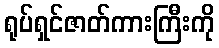
ရုပ်ရှင်ဇာတ်ကားကြီးကို